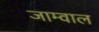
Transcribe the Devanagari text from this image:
जाम्वाल